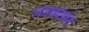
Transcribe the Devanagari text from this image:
लेडक्रोमेट